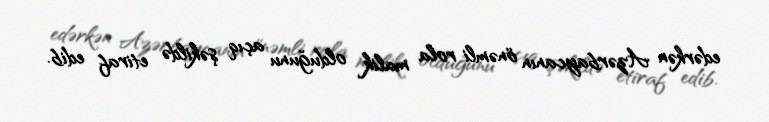
edərkən Azərbaycanın önəmli rola malik olduğunu açıq şəkildə etiraf edib.